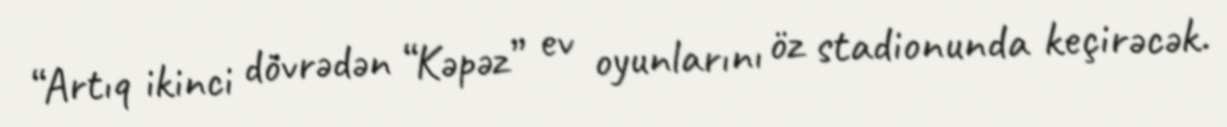
“Artıq ikinci dövrədən “Kəpəz” ev oyunlarını öz stadionunda keçirəcək.